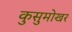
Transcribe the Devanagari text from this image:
कुसुमोखर